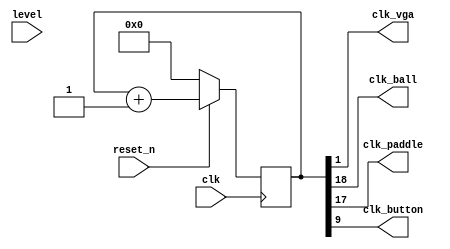
module  clock_generator(
			input 	    clk, // 100MHz
			input 	    reset_n,
			input [3:0] level,
			output 	    clk_vga,
			output 	    clk_ball,
			output 	    clk_paddle,
			output 	    clk_button, // About 24kHz for debouncing 
);

`define INIT_BALL_DIVIDER 8'd128
`define INIT_PADDLE_DIVIDER 8'd128

   reg [18:0] increment_counter; // Counter used for specifying of ball and paddle speed.
   reg [7:0]  ball_speed_divider; // = `INIT_BALL_DIVIDER;
   reg [7:0]  paddle_speed_divider; // = `INIT_PADDLE_DIVIDER;
 
//   wire clk_ball   = (increment_counter & {ball_speed_divider,8'b0}) == {ball_speed_divider,8'b0};
//   wire clk_paddle = (increment_counter & {paddle_speed_divider,8'b0}) == {paddle_speed_divider,8'b0};
   wire clk_ball   = increment_counter[18];
   wire clk_paddle = increment_counter[17];
   wire clk_button = increment_counter[9];
   wire clk_vga    = increment_counter[1];
     
   /*
   always  @(posedge clk) begin
      case(level)    // default level = 1
	1: begin
           ball_speed_divider <= `INIT_BALL_DIVIDER;
           paddle_speed_divider <= `INIT_PADDLE_DIVIDER;
	end
	2: begin
           ball_speed_divider <= 64;
           paddle_speed_divider <= 32;
        end
	3: begin
           ball_speed_divider <= 60;
           paddle_speed_divider <= 30;
        end
	4: begin
           ball_speed_divider <= 50;
           paddle_speed_divider <= 25;
        end
	5: begin
           ball_speed_divider <= 40;
           paddle_speed_divider <= 20;
        end
	default: begin
           ball_speed_divider <= `INIT_BALL_DIVIDER;
           paddle_speed_divider <= `INIT_PADDLE_DIVIDER;
        end
      endcase
   end
   */
   
   always @(posedge clk) begin 
      if (!reset_n) increment_counter <= 0;
      else increment_counter <= increment_counter + 1;
   end
   
endmodule